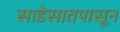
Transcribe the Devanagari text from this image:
साडेसातपासून